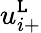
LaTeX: u_{i+}^{\mathtt{L}}